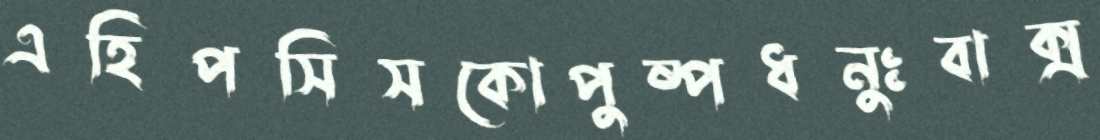
এহিপসিসকোপুষ্পধনুঃবাক্স